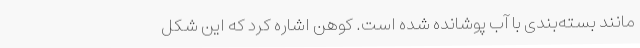
‌مانند بسته‌بندی با آب پوشانده شده است. کوهن اشاره کرد که این شکل